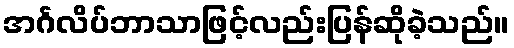
အင်္ဂလိပ်ဘာသာဖြင့်လည်းပြန်ဆိုခဲ့သည်။